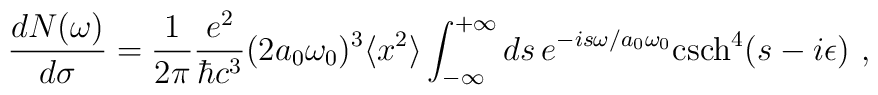
\frac{dN(\omega)}{d\sigma}=\frac{1}{2\pi}\frac{e^2}{\hbar c^3}(2a_0\omega _0)^3\langle x^2\rangle\int _{-\infty}^{+\infty}ds\, e^{-is\omega/a_0\omega _0 }{\rm csch}^4 (s-i\epsilon)~,